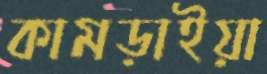
কামড়াইয়া